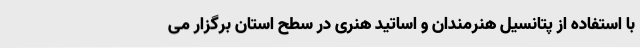
با استفاده از پتانسیل هنرمندان و اساتید هنری در سطح استان برگزار می